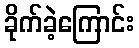
ခိုက်ခဲ့ကြောင်း